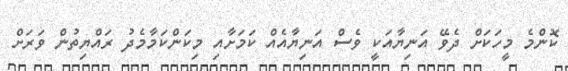
ކޮންމެ މީހަކަށް ދެވޭ އަނިޔާއަކީ ވެސް އަނިޔާއެއް ކަމަށާއި މިކަންކަމާމެދު ރައްޔިތުން ވަރަށް